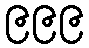
၉၉၉